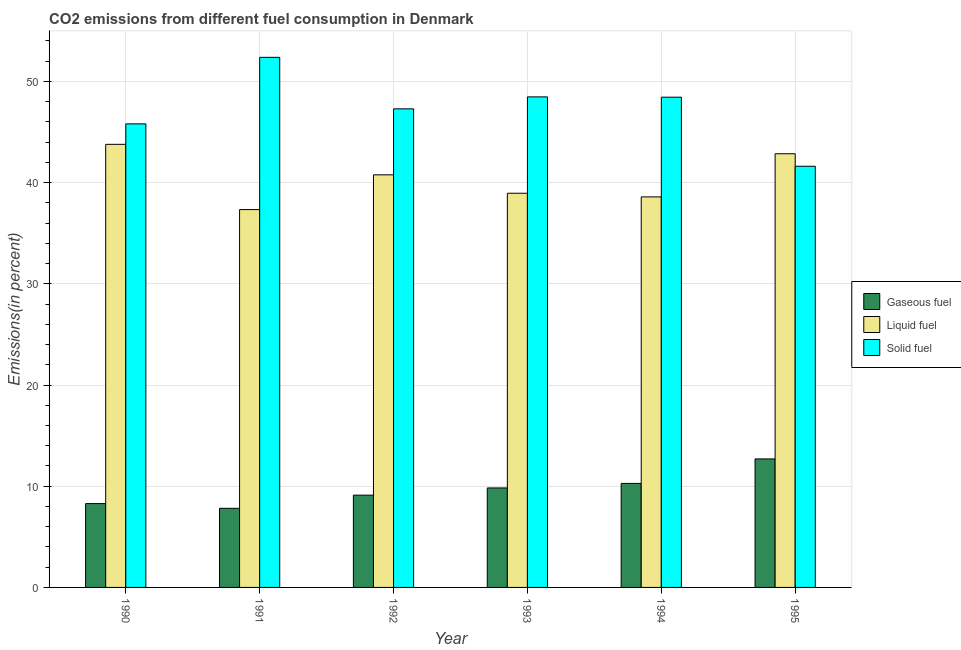
| Year | Gaseous fuel | Liquid fuel | Solid fuel |
 | --- | --- | --- | --- |
 | 1990 | 8.29 | 43.8 | 45.8 |
 | 1991 | 7.82 | 37.3 | 52.4 |
 | 1992 | 9.12 | 40.8 | 47.3 |
 | 1993 | 9.83 | 39 | 48.5 |
 | 1994 | 10.3 | 38.6 | 48.4 |
 | 1995 | 12.7 | 42.9 | 41.6 |